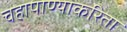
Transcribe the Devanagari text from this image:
चहापाण्याकरिता